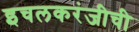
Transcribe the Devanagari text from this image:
इचलकरंजीची